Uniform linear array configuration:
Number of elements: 48
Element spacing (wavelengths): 0.25
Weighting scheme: exponential
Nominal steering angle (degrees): -60
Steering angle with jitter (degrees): -58.78
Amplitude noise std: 0.05
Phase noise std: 0.05

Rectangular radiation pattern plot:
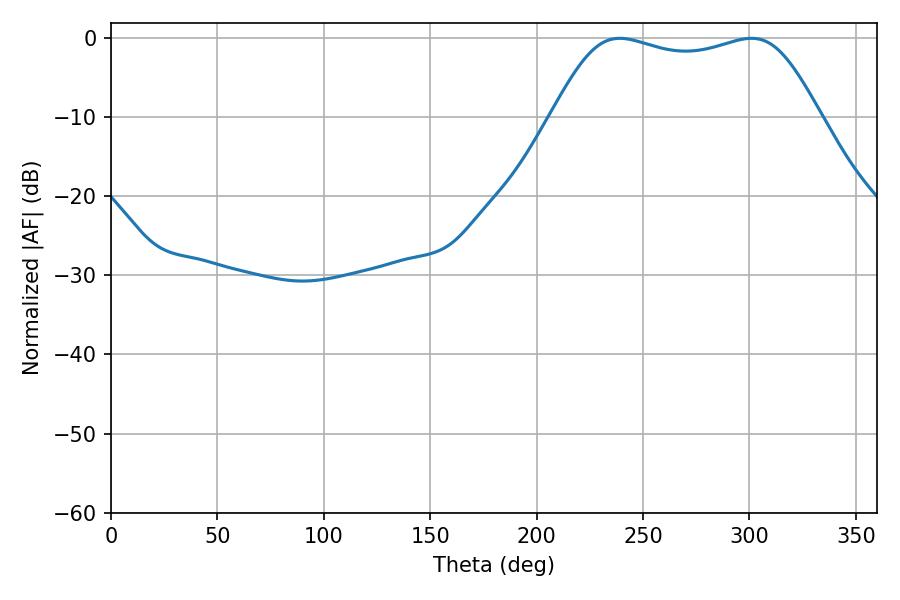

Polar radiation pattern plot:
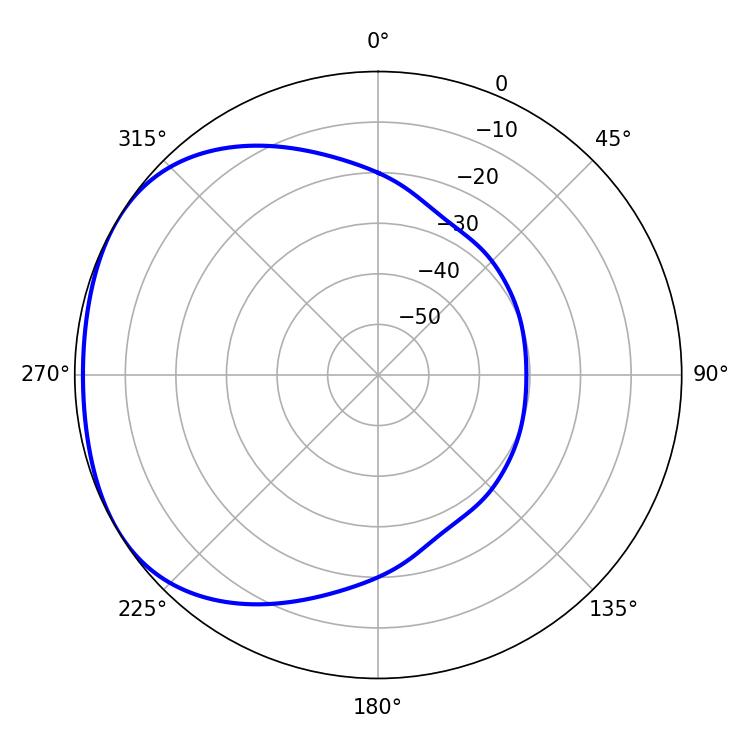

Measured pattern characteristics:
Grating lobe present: FALSE
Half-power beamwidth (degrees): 97.2
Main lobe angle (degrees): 239.04